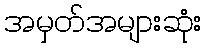
အမှတ်အများဆုံး